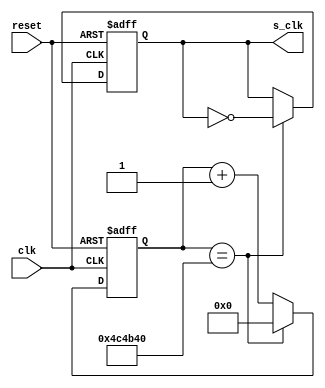
`timescale 1ns / 1ps
//////////////////////////////////////////////////////////////////////////////////
// Company: 
// Engineer: 
// 
// Design Name: 
// Module Name:    DivisorFrecuencia 
// Project Name: 
// Target Devices: 
// Tool versions: 
// Description: 
//
// Dependencies: 
//
// Revision: 
// Revision 0.01 - File Created
// Additional Comments: 
//
//////////////////////////////////////////////////////////////////////////////////
module Divisor_5x10_6 (
	input wire clk,       //Seal de entrada, referente a comportamiento de reloj.
	input wire reset,     //Reset de seal.
	output reg s_clk      //Seal de salida del divisor, seal ya dividida.
    );
	 
// El codigo de este mdulo corresponde a dividir la frecuencia de entrada en 5 veces, ejemplo: 100Mhz => 20Mhz.
//
//  ** 
//     Si se desea dividir en otra cantidad, por ejemplo: en 354, primero se saca la base 2 de ese numero
//		 para poder obtener la cantidad del largo del bus datos referente a la salida del contador
//		 log2(354) = 8.4676 => por lo que se toma el numero entero posterior al resultado, osea 9
//     Por lo que las siguientes lineas de cdigo tendria se cambiaran por lo siguiente:
//
//     linea  |  Cambio
//     -------+----------------------------
//		  43    |    reg [8:0] cuenta;
//	 	  55    |    if (cuenta == 9'd353)
//   	  58    |    cuenta <= 9'h0;
//
//  **

reg [22:0] cuenta; //Bus de datos de 3 bits referente al contador
					   //para una unidad decimal maxima de 8 (2^3 = 8) suficiente para la cuenta de 5.
 
always @(posedge clk,posedge reset) //Se procede a realizar el codigo posterior siempre que "clk" o "reset" estn en alto.
	begin
		if (reset) //Si "reset" est en alto, se pone la salida "s_clk" en 0 y se resetea la cuenta.
			begin
				s_clk <= 0;
				cuenta <= 0;
			end 
		else //Se est en alto la seal de "clk" pero no la de "reset" se procede a realizar lo siguiente.
			begin		
				if (cuenta == 23'd5000000)//(5)-1 = 4, Si el contador llega a la cuenta 5:   
					//Por si las dudas => "3'd4"(notacin decimal) es igual a "3'b100"(notacin binaria). 
					begin                    
						cuenta <= 23'h0;  //Se resetea la cuenta poniendola en cero   
						s_clk <= ~s_clk;  //
					end 
				else 
					cuenta <= cuenta + 1'b1; //De no ser el valor a dividir, el contador seguir contando (valga la redundancia)
			end
	end
 
endmodule